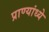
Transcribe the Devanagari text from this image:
प्राण्यांध्ये